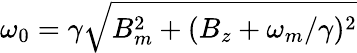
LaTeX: \omega_{0}=\gamma\sqrt{B_{m}^{2}+(B_{z}+\omega_{m}/\gamma)^{2}}